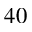
4 0